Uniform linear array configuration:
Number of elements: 24
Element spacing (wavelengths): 0.75
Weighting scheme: hann
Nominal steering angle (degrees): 0
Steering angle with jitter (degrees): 1.253
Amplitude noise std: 0.05
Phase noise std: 0.05

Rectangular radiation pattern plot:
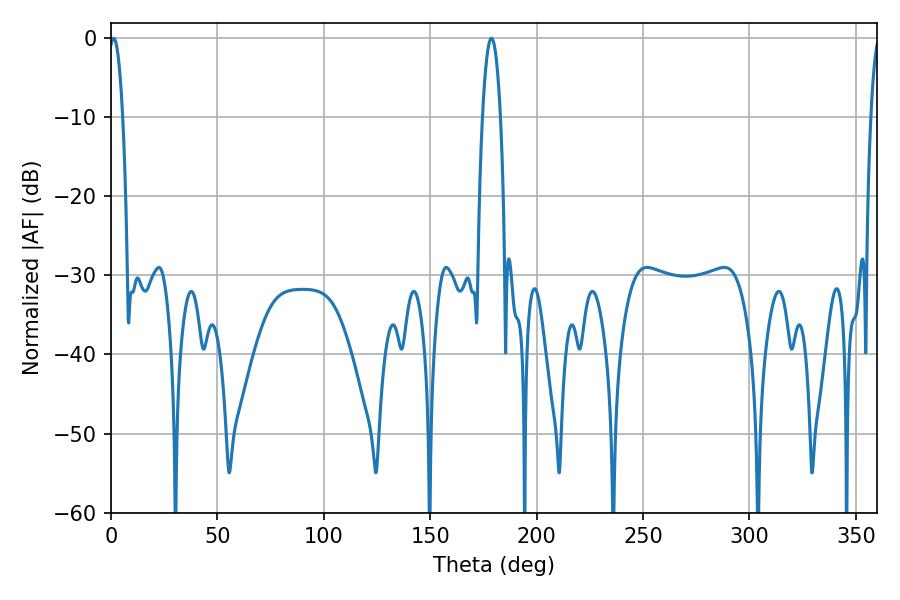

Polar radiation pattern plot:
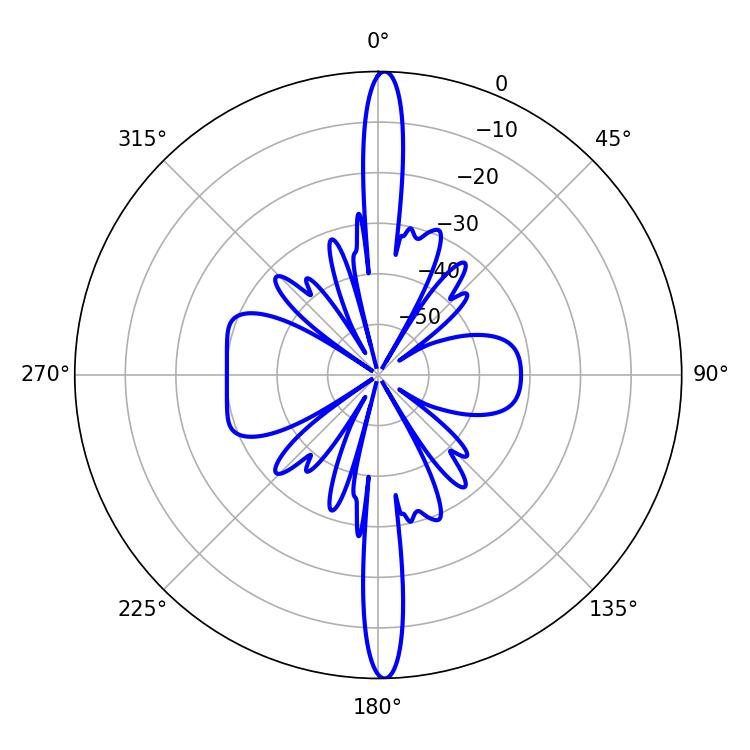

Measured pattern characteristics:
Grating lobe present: TRUE
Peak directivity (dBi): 27.827
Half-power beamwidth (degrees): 3.6
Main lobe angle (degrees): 1.26